DOW-UAP-D28, Mission Report, Iraq, September 2024
Agency: Department of War
Incident date: 9/20/24
Incident location: Iraq
Page 2
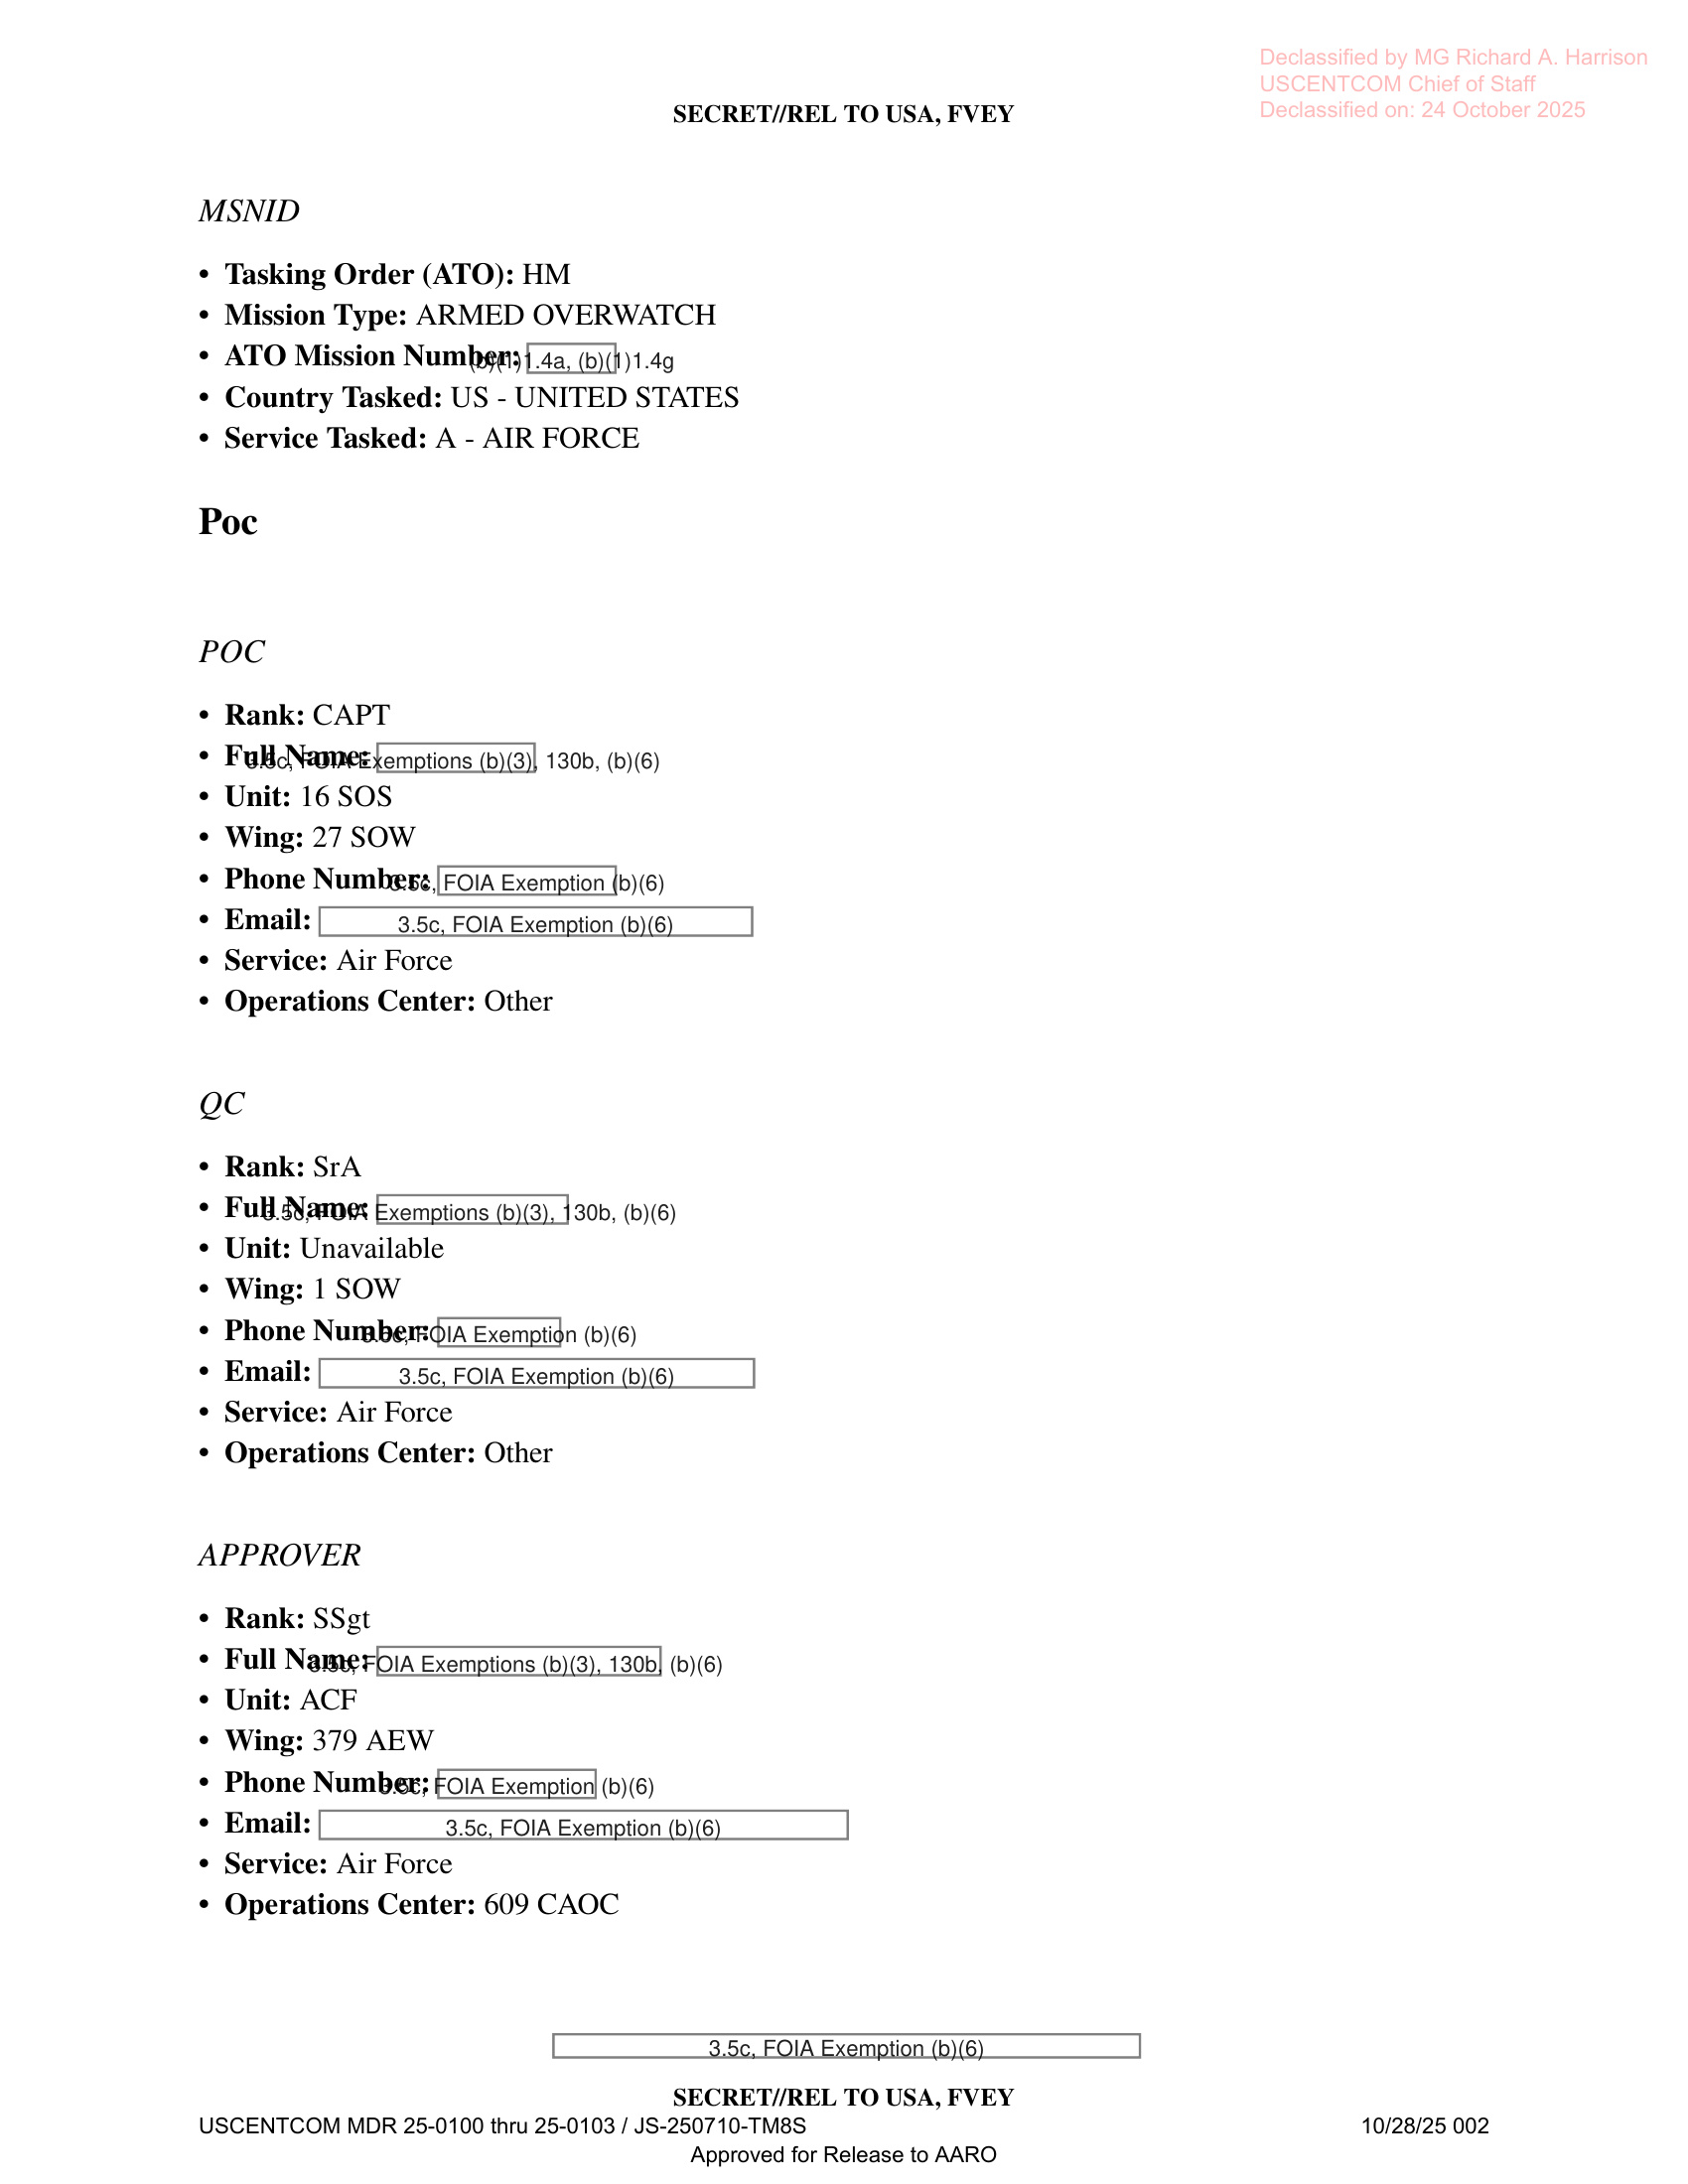